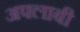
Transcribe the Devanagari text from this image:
अफ्लाबी